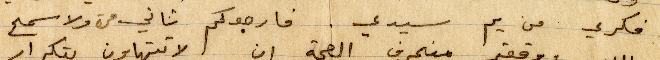
فكري من يم سيدي. فارجوكم ثاني مرة ولا سمح